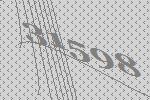
31598